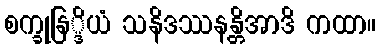
စက္ခုနြ္ဒိယံ သနိဒဿနန္တိအာဒိ ကထာ။